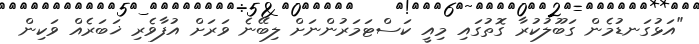
"އަޅުގަނޑުމެން ގަބޫލުކުރާ ގޮތުގައި މިއީ ކަސްޓަމަރުންނަށް ލިބޭނެ ވަރަށް އުފާވެރި ޚަބަރެއް ވަކިން